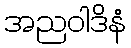
အညဝါဒိနံ